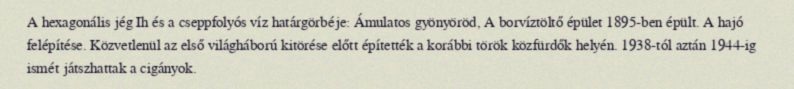
A hexagonális jég Ih és a cseppfolyós víz határgörbéje: Ámulatos gyönyöröd, A borvíztöltő épület 1895-ben épült. A hajó felépítése. Közvetlenül az első világháború kitörése előtt építették a korábbi török közfürdők helyén. 1938-tól aztán 1944-ig ismét játszhattak a cigányok.